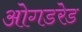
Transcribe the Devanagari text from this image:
ओगडरेड